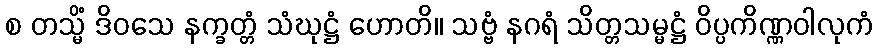
စ တသ္မိံ ဒိဝသေ နက္ခတ္တံ သံဃုဋ္ဌံ ဟောတိ။ သဗ္ဗံ နဂရံ သိတ္တသမ္မဋ္ဌံ ဝိပ္ပကိဏ္ဏဝါလုကံ